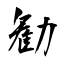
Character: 勧